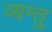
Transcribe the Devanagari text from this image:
व्यन्तु